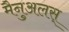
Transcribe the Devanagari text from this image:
मैनुअलस्